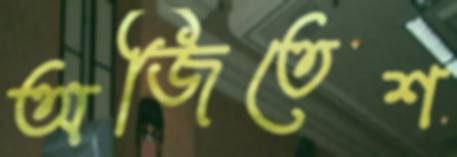
অজিতেশ